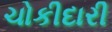
ચોકીદારી